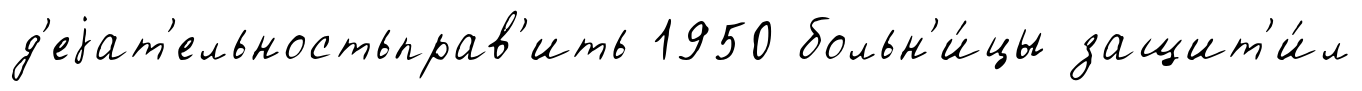
д'еjат'ельностьправ'ить 1950 больн'и́цы защит'и́л